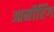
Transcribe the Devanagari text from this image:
आर्मोरिंग